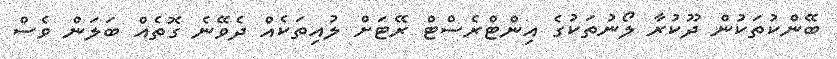
ބޭންކުތަކުން ދޫކުރާ ލޯނުތަކުގެ އިންޓްރެސްޓް ރޭޓަށް ލުއިތަކެއް ދެވޭނެ ގޮތެއް ބަލަން ވެސް